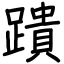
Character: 蹪